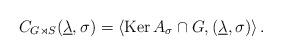
LaTeX: \begin{align*}C_{G \rtimes S}(\underline{\lambda}, \sigma)= \langle {\rm Ker}\, A_\sigma \cap G, (\underline{\lambda}, \sigma) \rangle \, .\end{align*}